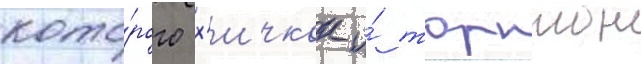
кото́рого х'ичкок и́ торнтон